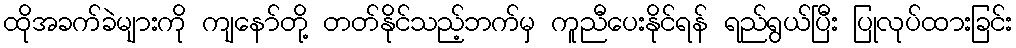
ထိုအခက်ခဲများကို ကျနော်တို့ တတ်နိုင်သည့်ဘက်မှ ကူညီပေးနိုင်ရန် ရည်ရွယ်ပြီး ပြုလုပ်ထားခြင်း